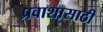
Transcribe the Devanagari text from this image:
प्रवाशासाठी